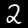
Digit: 2